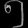
Digit: ၅